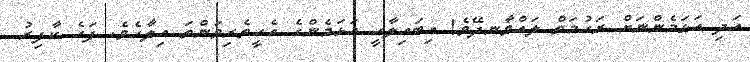
އަދި އަޅަމެންނަށް ރަޙުމަތް ލައްވާނދޭވެ! އިބައިލާހީ އަޅަމެންގެ އެހީތެރިވަންތަ އިލާހެވެ. ފަހެ ކާފިރު